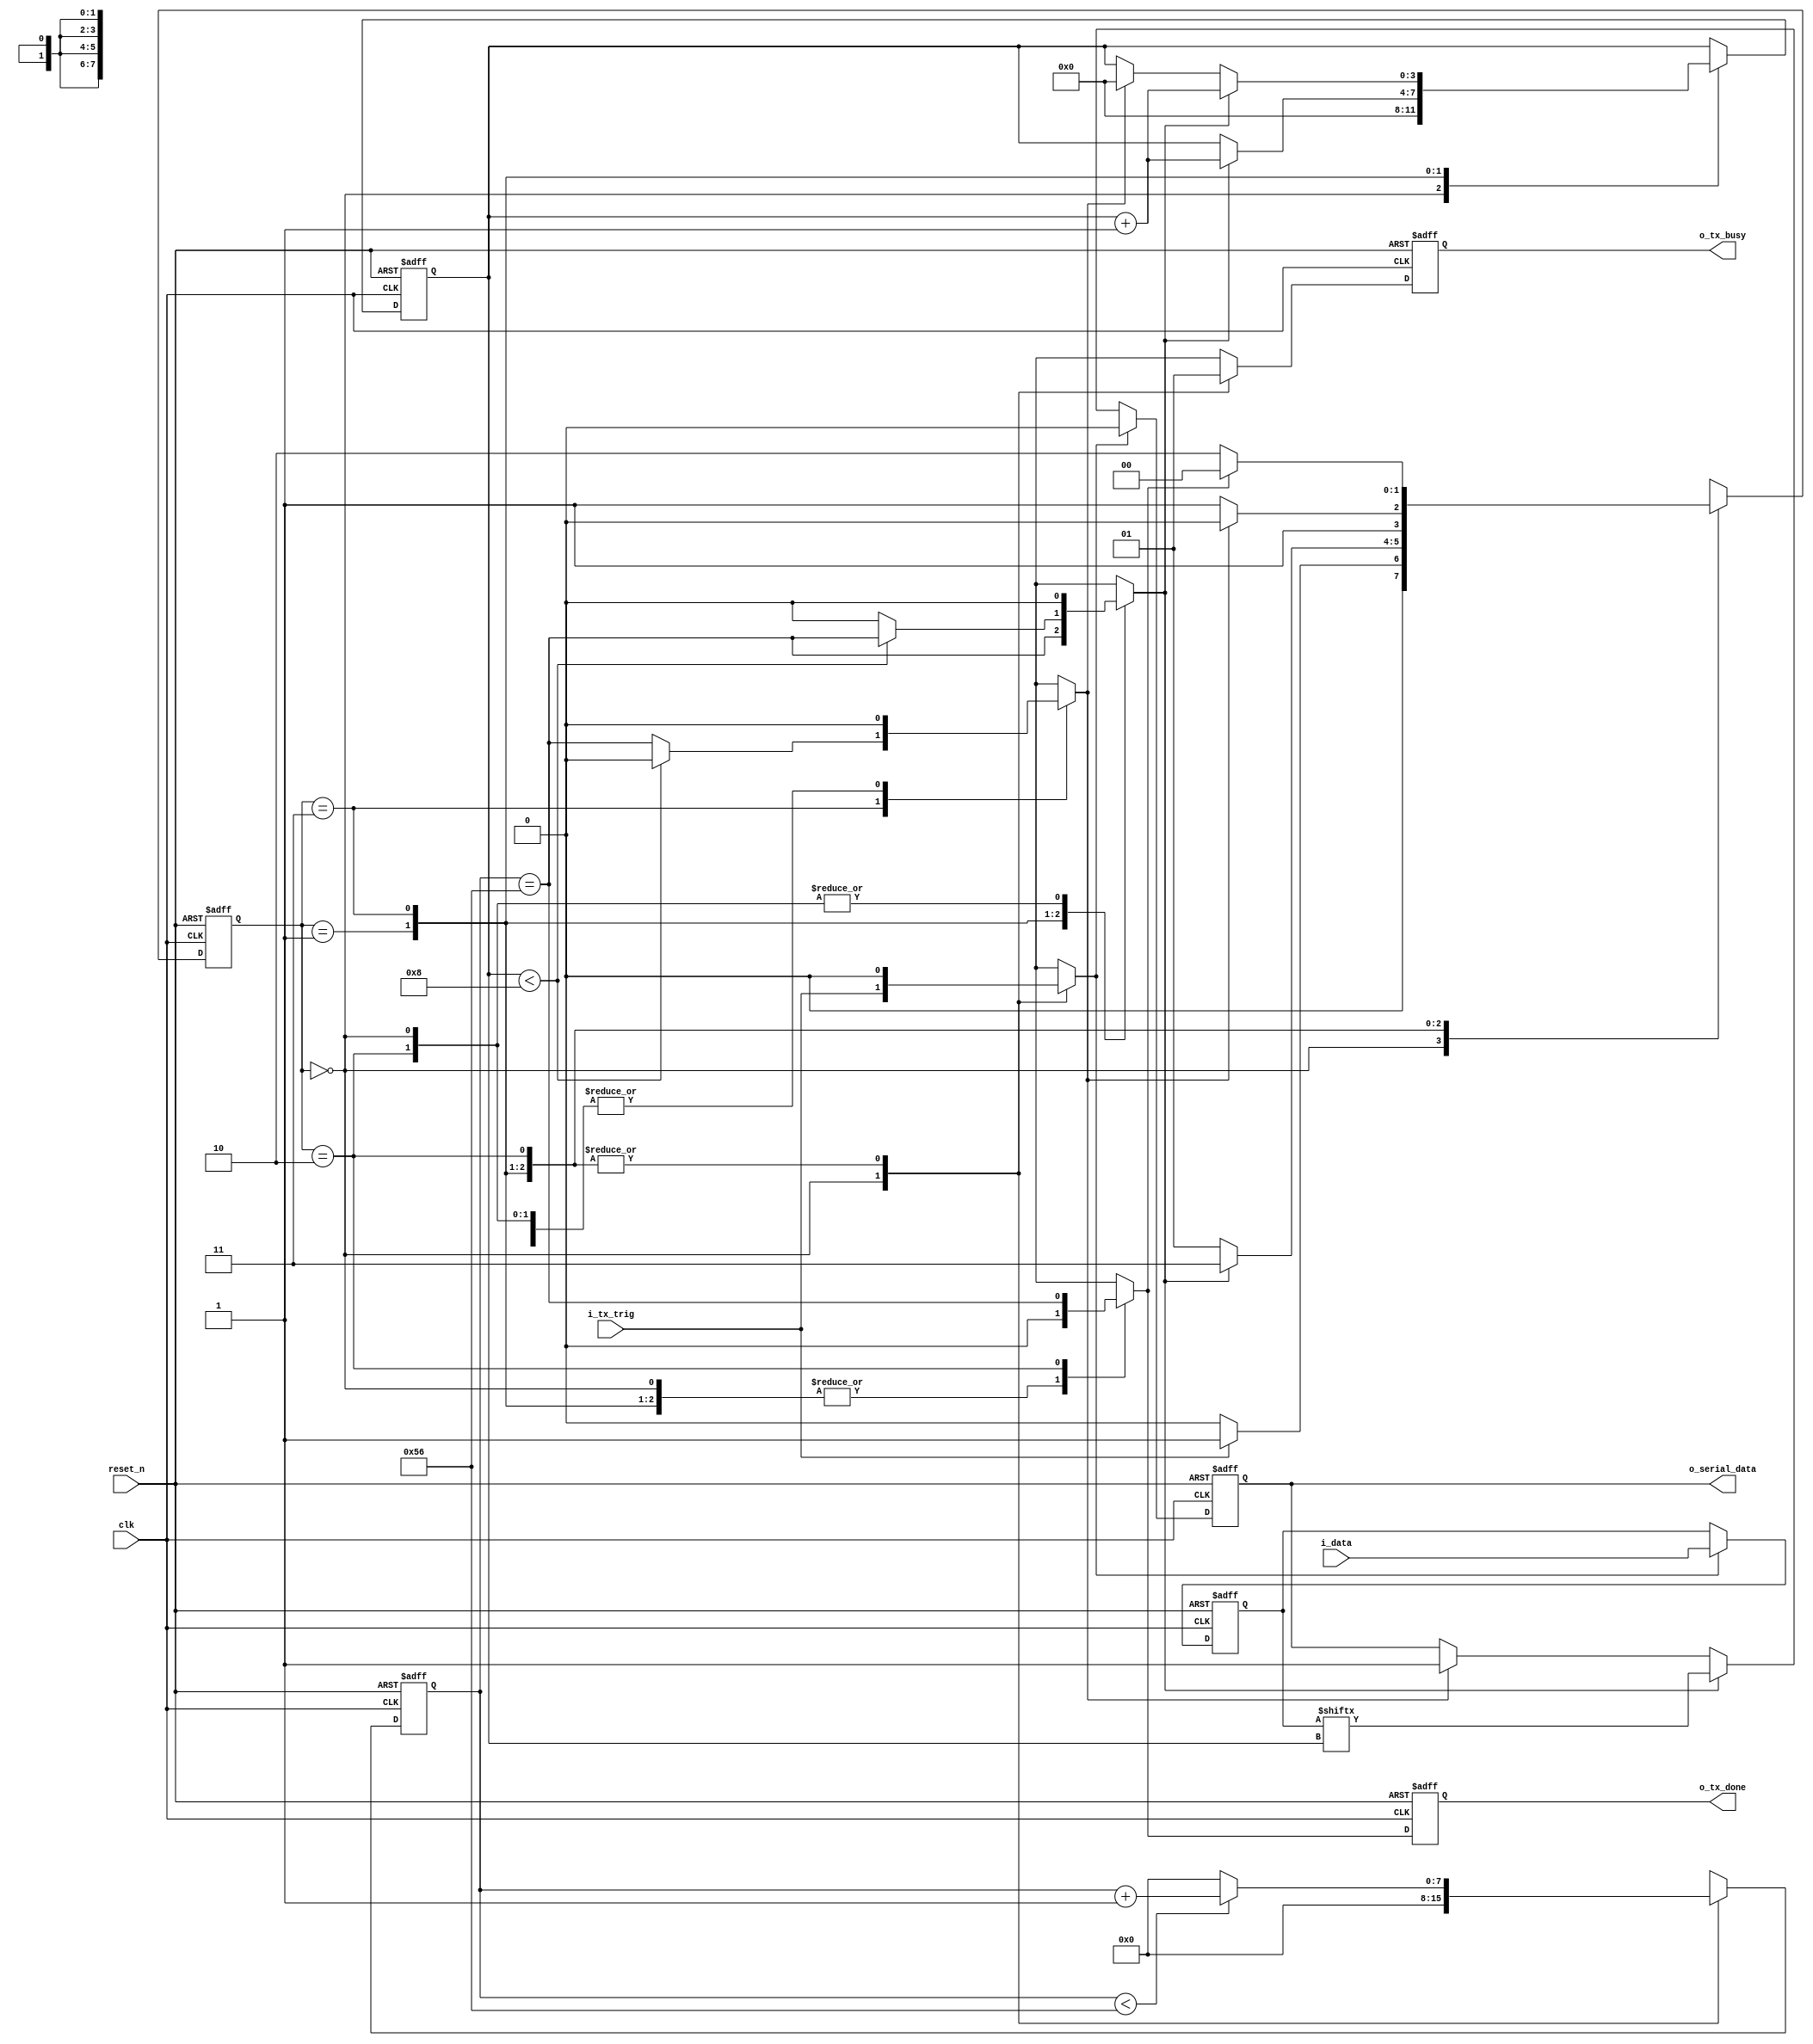
////////////////////////////////////////////////////////////////////////
//  UART transmitter
//
//  set i_tx_trig 1 for 1 cycle to trigger a transmission
//  o_tx_busy set 1 when transmitting
//  o_tx_done set 1 for 1 cycle when all bits are transmitted
//  async active low reset_n
////////////////////////////////////////////////////////////////////////

module uart_tx #(
    parameter BIT_RATE =        115200,         // bit rate in bit/s
    parameter CLK_FREQ =        10_000_000,     // clock frequency in Hz
    parameter PAYLOAD_BITS =    8               // number of bits to be transmitted
) ( 
    input                           clk,
    input                           reset_n,
    input                           i_tx_trig,
    input       [PAYLOAD_BITS-1:0]  i_data,
    output  reg                     o_tx_busy,
    output  reg                     o_tx_done,
    output  reg                     o_serial_data
);

    localparam CLKS_PER_BIT =   CLK_FREQ / BIT_RATE;          // clocks per bit (CPB)
    localparam CLK_CNTER_BW =   $clog2(CLKS_PER_BIT) + 1;     // bit width for clk_cnter
    localparam BIT_CNTER_BW =   $clog2(PAYLOAD_BITS) + 1;     // bit width for bit_cnter

    // fsm states
    localparam IDLE =       2'b00;
    localparam START_BIT =  2'b01;
    localparam DATA_BITS =  2'b11;
    localparam STOP_BIT =   2'b10;

    reg     [CLK_CNTER_BW-1:0]  r_clk_cnter;  // counting clk edges
    reg     [BIT_CNTER_BW-1:0]  r_bit_cnter;  // counting bits transmitted

    // registered input data
    reg [PAYLOAD_BITS-1:0] r_i_data;

    reg [1:0]  r_state;
    reg [1:0]  r_next_state;

    reg start_bit_init; // are we at the head of the start bit?
    reg data_bit_init;  // are we at the head of a data bit?
    reg stop_bit_init;  // are we at the head of the stop bit?
    reg stop_bit_end;   // are we at the tail of the stop bit?
    reg busy;           // are we busy transmitting bits?

    // fsm next state logic
    always @ (*) begin
        r_next_state = IDLE;
        case (r_state)

            // trigger signal set 1, start a transmission
            IDLE: if (i_tx_trig == 1'b1) begin
                r_next_state = START_BIT;
            end else begin
                r_next_state = IDLE;
            end

            // we should transmit the first data bit, go to DATA_BITS
            START_BIT: if (data_bit_init == 1'b1) begin
                r_next_state = DATA_BITS;
            end else begin
                r_next_state = START_BIT;
            end

            // we should transmit the stop bit, go to STOP_BIT
            DATA_BITS: if (stop_bit_init == 1'b1) begin
                r_next_state = STOP_BIT;
            end else begin
                r_next_state = DATA_BITS;
            end

            // stop bit transmitted, go back to IDLE
            STOP_BIT: begin
                if (stop_bit_end == 1'b1) begin
                    r_next_state = IDLE;
                end else begin
                    r_next_state = STOP_BIT;
                end
            end 

        endcase
    end

    // fsm output logic
    always @ (*) begin
        start_bit_init = 1'b0;
        data_bit_init =  1'b0;
        stop_bit_init =  1'b0;
        stop_bit_end =   1'b0;
        busy =  1'b1;
        case (r_state)

            // transmit start bit when trigger signal set 1
            IDLE: begin
                start_bit_init = i_tx_trig == 1'b1;
                busy = 1'b0;
            end

            // start bit lasts for 1 CLKS_PER_BIT
            START_BIT: begin
                data_bit_init = r_clk_cnter == CLKS_PER_BIT;
            end

            DATA_BITS: begin
                if (r_bit_cnter < PAYLOAD_BITS) begin
                    data_bit_init = r_clk_cnter == CLKS_PER_BIT;
                end else begin
                    // all data bits transmitted, transmit stop bit
                    stop_bit_init = r_clk_cnter == CLKS_PER_BIT;
                end
            end

            // stop bit lasts for 1 CLKS_PER_BIT
            STOP_BIT: begin
                stop_bit_end =  r_clk_cnter == CLKS_PER_BIT;
            end

        endcase
    end

    always @ (posedge clk or negedge reset_n) begin
        if (~reset_n) begin
            r_state <= IDLE;
        end else begin
            r_state <= r_next_state;
        end
    end

    // register input data at the beginning of transmission
    always @ (posedge clk or negedge reset_n) begin
        if (~reset_n) begin
            r_i_data <= {PAYLOAD_BITS{1'b0}};
        end else if (start_bit_init) begin
            r_i_data <= i_data;
        end
    end

    // update data bit when necessary
    always @ (posedge clk or negedge reset_n) begin
        if (~reset_n) begin
            o_serial_data <= {PAYLOAD_BITS{1'b1}};
        end else begin
            if (start_bit_init == 1'b1) begin
            // start bit
            o_serial_data <= 1'b0;
            end else if (data_bit_init == 1'b1) begin
            // data bit
            o_serial_data <= r_i_data[r_bit_cnter];
            end else if (stop_bit_init == 1'b1) begin
            // stop bit
            o_serial_data <= 1'b1;
            end
        end
    end

    // r_clk_cnter and r_bit_cnter control
    always @ (posedge clk or negedge reset_n) begin
        if (~reset_n) begin
            r_clk_cnter <= {CLK_CNTER_BW{1'b0}};
            r_bit_cnter <= {BIT_CNTER_BW{1'b0}};
        end else begin
            case (r_state)

                IDLE: begin
                    r_clk_cnter <= {CLK_CNTER_BW{1'b0}};
                    r_bit_cnter <= {BIT_CNTER_BW{1'b0}};
                end

                // r_clk_cnter counting from 0 to CLKS_PER_BIT
                START_BIT: begin
                    if (r_clk_cnter < CLKS_PER_BIT) begin
                        r_clk_cnter <= r_clk_cnter + 1'b1;
                    end else begin
                        r_clk_cnter <= {CLK_CNTER_BW{1'b0}};
                    end
                    // at the head of the first data bit, r_bit_cnter adds 1 (0 -> 1)
                    if (data_bit_init == 1'b1) begin
                        r_bit_cnter <= r_bit_cnter + 1'b1;
                    end
                end

                // r_clk_cnter counting from 0 to CLKS_PER_BIT
                DATA_BITS: begin
                    if (r_clk_cnter < CLKS_PER_BIT) begin
                        r_clk_cnter <= r_clk_cnter + 1'b1;
                    end else begin
                        r_clk_cnter <= {CLK_CNTER_BW{1'b0}};
                    end
                    // at the head of each data bit, r_bit_cnter adds 1 (1 -> 2, 2 -> 3, ... , PAYLOAD_BITS-1 -> PAYLOAD_BITS)
                    if (data_bit_init == 1'b1) begin
                        r_bit_cnter <= r_bit_cnter + 1'b1;
                    end else if (stop_bit_init == 1'b1) begin
                        r_bit_cnter <= {BIT_CNTER_BW{1'b0}};    // reset r_bit_cnter when at head of stop bit
                    end
                end

                // r_clk_cnter counting from 0 to CLKS_PER_BIT
                STOP_BIT: if (r_clk_cnter < CLKS_PER_BIT) begin
                    r_clk_cnter <= r_clk_cnter + 1'b1;
                end else begin
                    r_clk_cnter <= {CLK_CNTER_BW{1'b0}};
                end

            endcase
        end
    end

    always @ (posedge clk or negedge reset_n) begin
        if (~reset_n) begin
            o_tx_done <= 1'b0;
            o_tx_busy <= 1'b0;
        end else begin
            o_tx_done <= stop_bit_end;  // tx done at the tail of stop bit
            o_tx_busy <= busy;
        end
    end

endmodule